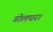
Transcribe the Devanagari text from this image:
गोलघर।